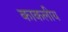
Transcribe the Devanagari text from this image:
काकलीय